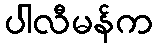
ပါလီမန်က